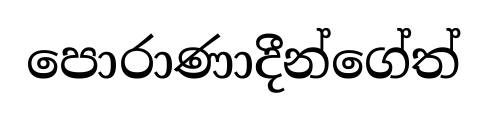
පොරාණාදීන්ගේත්